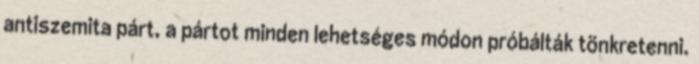
antiszemita párt, a pártot minden lehetséges módon próbálták tönkretenni.